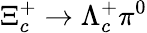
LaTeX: \Xi_{c}^{+}\to\Lambda_{c}^{+}\pi^{0}